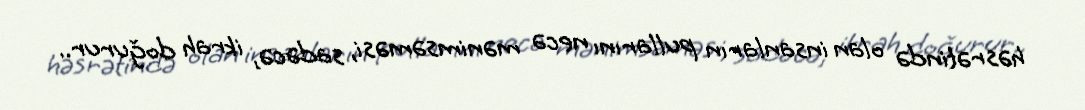
həsrətində olan insanların pullarını necə mənimsəməsi, sadəcə, ikrah doğurur..